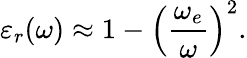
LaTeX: \varepsilon_{r}(\omega)\approx 1-\Big(\frac{\omega_{e}}{\omega}\Big)^{2}.